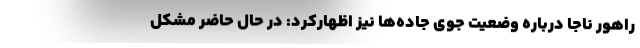
راهور ناجا درباره وضعیت جوی جاده‌ها نیز اظهارکرد: در حال حاضر مشکل